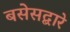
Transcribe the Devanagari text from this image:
बसेसद्बारे